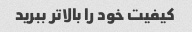
کیفیت خود را بالاتر ببرید